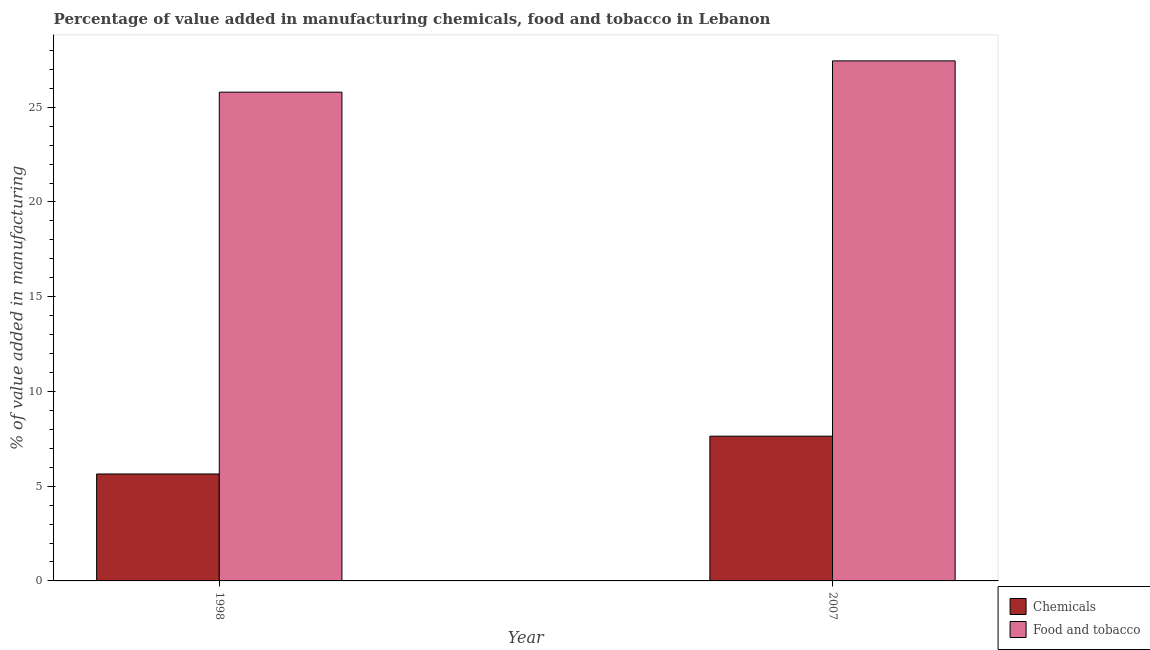
| Year | Chemicals | Food and tobacco |
 | --- | --- | --- |
 | 1998 | 5.64 | 25.8 |
 | 2007 | 7.64 | 27.4 |